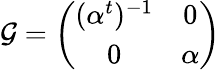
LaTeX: \mathcal{G}=\left(\begin{array}{cc}{{(\alpha^{t})^{-1}}}&{{0}}\\ {{0}}&{{\alpha}}\end{array}\right)